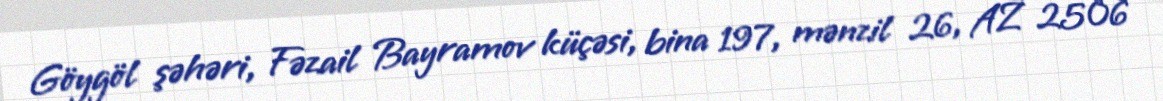
Göygöl şəhəri, Fəzail Bayramov küçəsi, bina 197, mənzil 26, AZ 2506